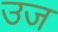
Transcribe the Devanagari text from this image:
उज